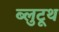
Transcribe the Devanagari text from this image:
ब्लुटूथ